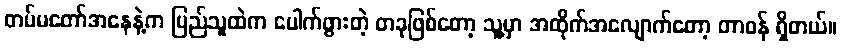
တပ်မတော်အနေနဲ့က ပြည်သူထဲက ပေါက်ဖွားတဲ့ တခုဖြစ်တော့ သူ့မှာ အထိုက်အလျောက်တော့ တာဝန် ရှိတယ်။